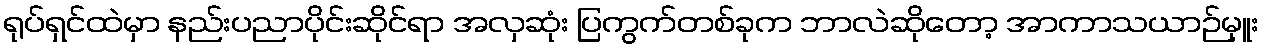
ရုပ်ရှင်ထဲမှာ နည်းပညာပိုင်းဆိုင်ရာ အလှဆုံး ပြကွက်တစ်ခုက ဘာလဲဆိုတော့ အာကာသယာဉ်မှူး